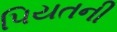
પિયતની